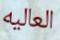
العاليه